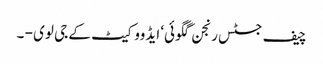
چیف جسٹس رنجن گگوئی‘ ایڈووکیٹ کے جی لوی - ۔